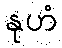
နုဟံ